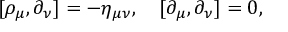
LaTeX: [ \rho _ { \mu } , \partial _ { \nu } ] = - \eta _ { \mu \nu } , \quad [ \partial _ { \mu } , \partial _ { \nu } ] = 0 ,